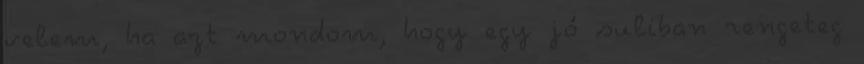
velem, ha azt mondom, hogy egy jó suliban rengeteg